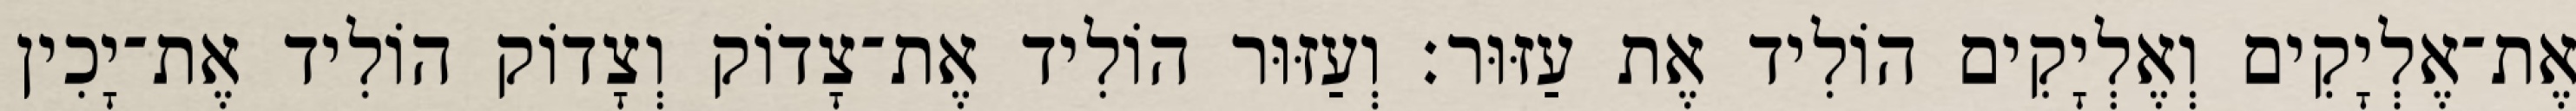
אֶת־אֶלְיָקִים וְאֶלְיָקִים הוֹלִיד אֶת עַזּוּר׃ וְעַזּוּר הוֹלִיד אֶת־צָדוֹק וְצָדוֹק הוֹלִיד אֶת־יָכִין